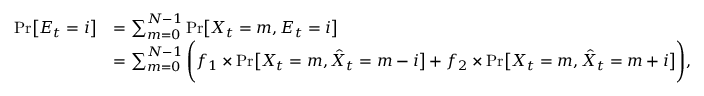
\begin{array} { r l } { \mathrm { P r } \big [ E _ { t } = i \big ] } & { = \sum _ { m = 0 } ^ { N - 1 } \mathrm { P r } \big [ X _ { t } = m , E _ { t } = i \big ] } \\ & { = \sum _ { m = 0 } ^ { N - 1 } \Bigg ( f _ { 1 } \times \mathrm { P r } \big [ X _ { t } = m , \hat { X } _ { t } = m - i \big ] + f _ { 2 } \times \mathrm { P r } \big [ X _ { t } = m , \hat { X } _ { t } = m + i \big ] \Bigg ) , } \end{array}